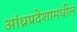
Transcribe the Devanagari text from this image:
आंध्रप्रदेशामधील